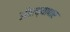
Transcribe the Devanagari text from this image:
औरव्यापार